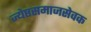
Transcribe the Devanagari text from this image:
ज्येष्ठसमाजसेवक